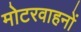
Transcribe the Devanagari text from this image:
मोटरवाहनों